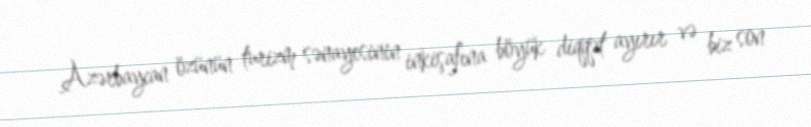
Azərbaycan özünün turizm sənayesinin inkişafına böyük diqqət ayırır və biz son